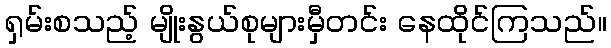
ရှမ်းစသည့် မျိုးနွယ်စုများမှီတင်း နေထိုင်ကြသည်။